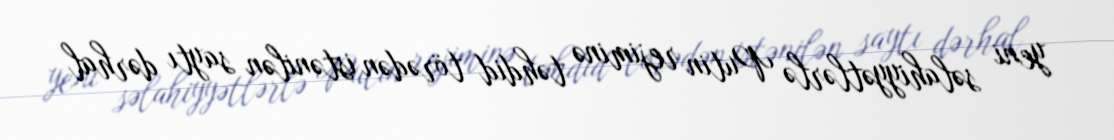
yeni səlahiyyətlərlə Putin rejiminə təhdid törədən istənilən saytı dərhal